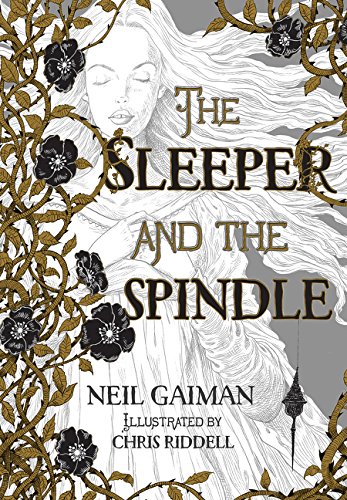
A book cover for The Sleeper and the Spindle; Neil Gaiman; Science Fiction & Fantasy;